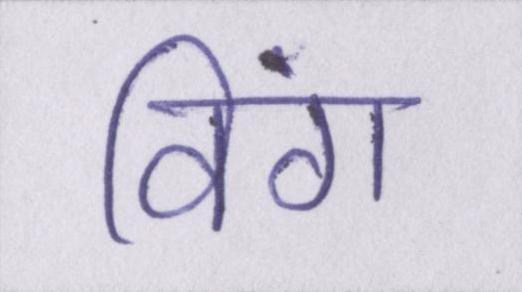
विंग